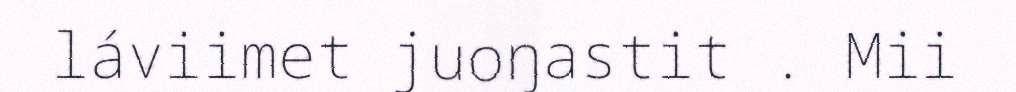
láviimet juoŋastit . Mii